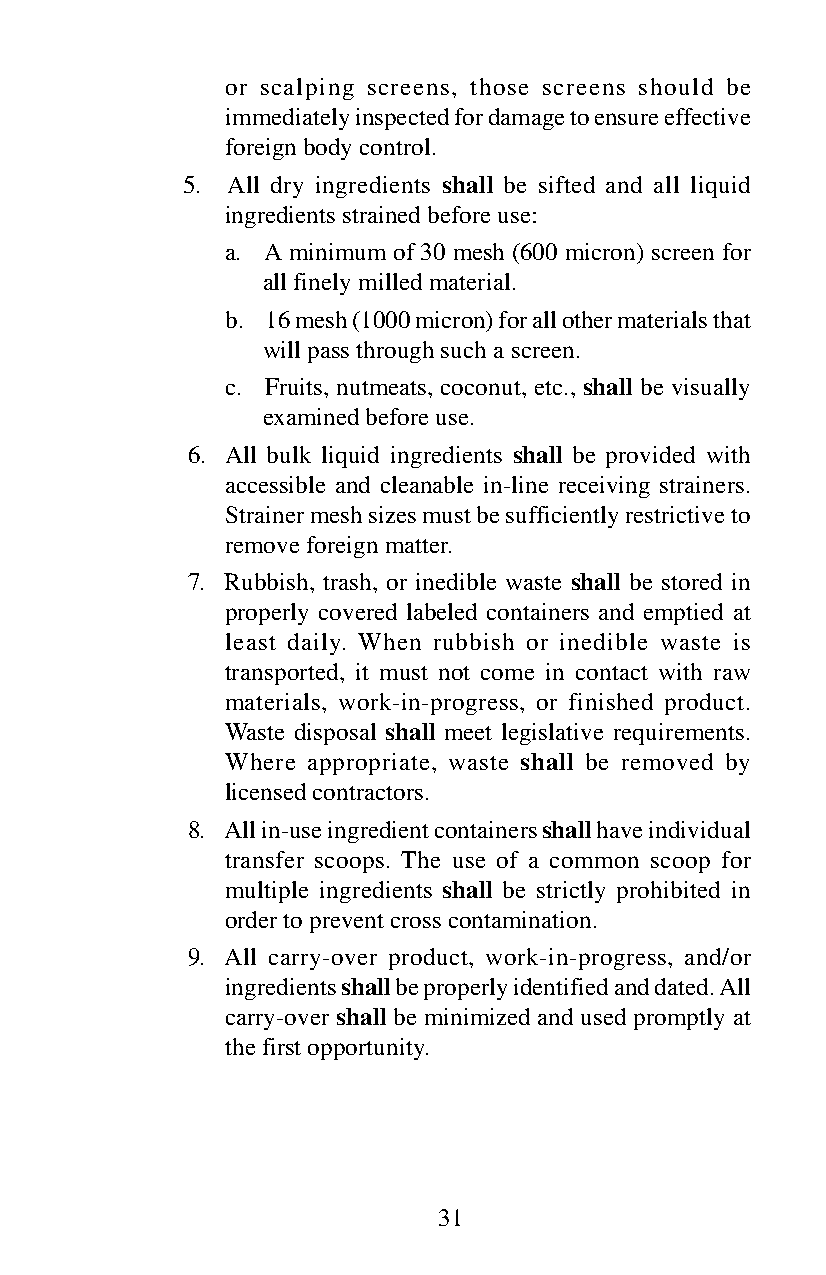
or scalping screens, those screens should be
 immediately inspected for damage to ensure effective
 foreign body control.
 5. All dry ingredients shall be sifted and all liquid
 ingredients strained before use:
 a. A minimum of 30 mesh (600 micron) screen for
 all finely milled material.
 b. 16 mesh (1000 micron) for all other materials that
 will pass through such a screen.
 c. Fruits, nutmeats, coconut, etc., shall be visually
 examined before use.
 6. All bulk liquid ingredients shall be provided with
 accessible and cleanable in-line receiving strainers.
 Strainer mesh sizes must be sufficiently restrictive to
 remove foreign matter.
 7. Rubbish, trash, or inedible waste shall be stored in
 properly covered labeled containers and emptied at
 least daily. When rubbish or inedible waste is
 transported, it must not come in contact with raw
 materials, work-in-progress, or finished product.
 Waste disposal shall meet legislative requirements.
 Where appropriate, waste shall be removed by
 licensed contractors.
 8. All in-use ingredient containers shall have individual
 transfer scoops. The use of a common scoop for
 multiple ingredients shall be strictly prohibited in
 order to prevent cross contamination.
 9. All carry-over product, work-in-progress, and/or
 ingredients shall be properly identified and dated. All
 carry-over shall be minimized and used promptly at
 the first opportunity.
 31